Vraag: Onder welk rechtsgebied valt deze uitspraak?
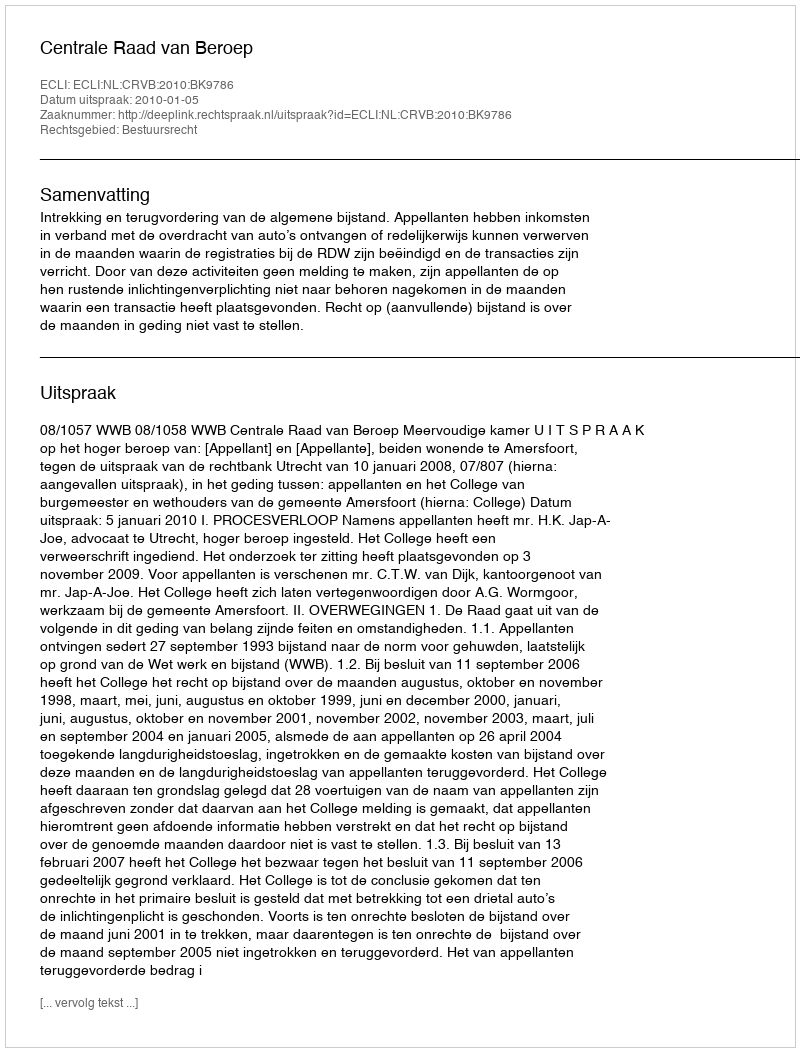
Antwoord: Bestuursrecht